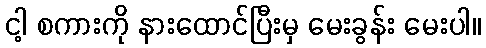
ငါ့ စကားကို နားထောင်ပြီးမှ မေးခွန်း မေးပါ။